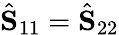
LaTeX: \hat{\mathbf{S}}_{11}=\hat{\mathbf{S}}_{22}